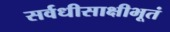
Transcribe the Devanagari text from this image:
सर्वधीसाक्षीभूतं